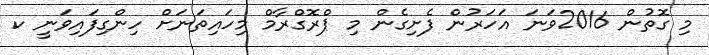
މި ގޮތުން 2016ވަނަ އަހަރުން ފެށިގެން މި ޕްރޮގްރާމް މިހައިތަނަށް ހިންގިފައިވަނީ ކ